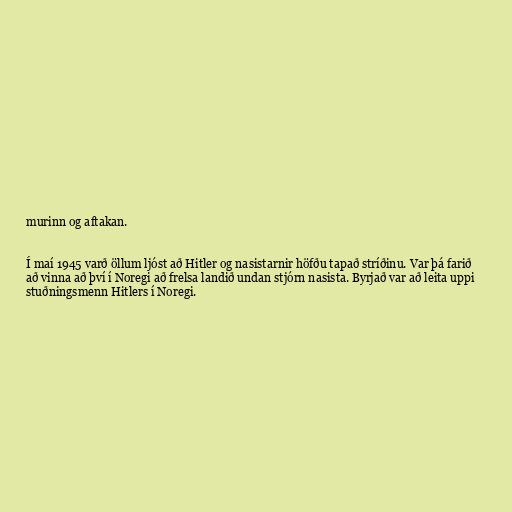
murinn og aftakan.

Í maí 1945 varð öllum ljóst að Hitler og nasistarnir höfðu tapað stríðinu. Var þá farið
að vinna að því í Noregi að frelsa landið undan stjórn nasista. Byrjað var að leita uppi
stuðningsmenn Hitlers í Noregi.